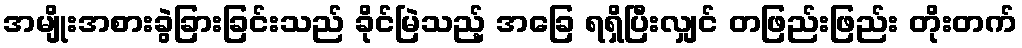
အမျိုးအစားခွဲခြားခြင်းသည် ခိုင်မြဲသည့် အခြေ ရရှိပြီးလျှင် တဖြည်းဖြည်း တိုးတက်